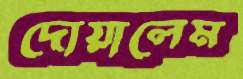
দোয়ালেম